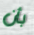
بأن